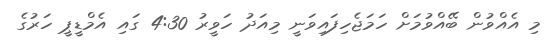
މި އެއްވުން ބޭއްވުމަށް ހަމަޖެހިފައިވަނީ މިއަދު ހަވީރު 4:30 ގައި އެމްޑީޕީ ހަރުގެ